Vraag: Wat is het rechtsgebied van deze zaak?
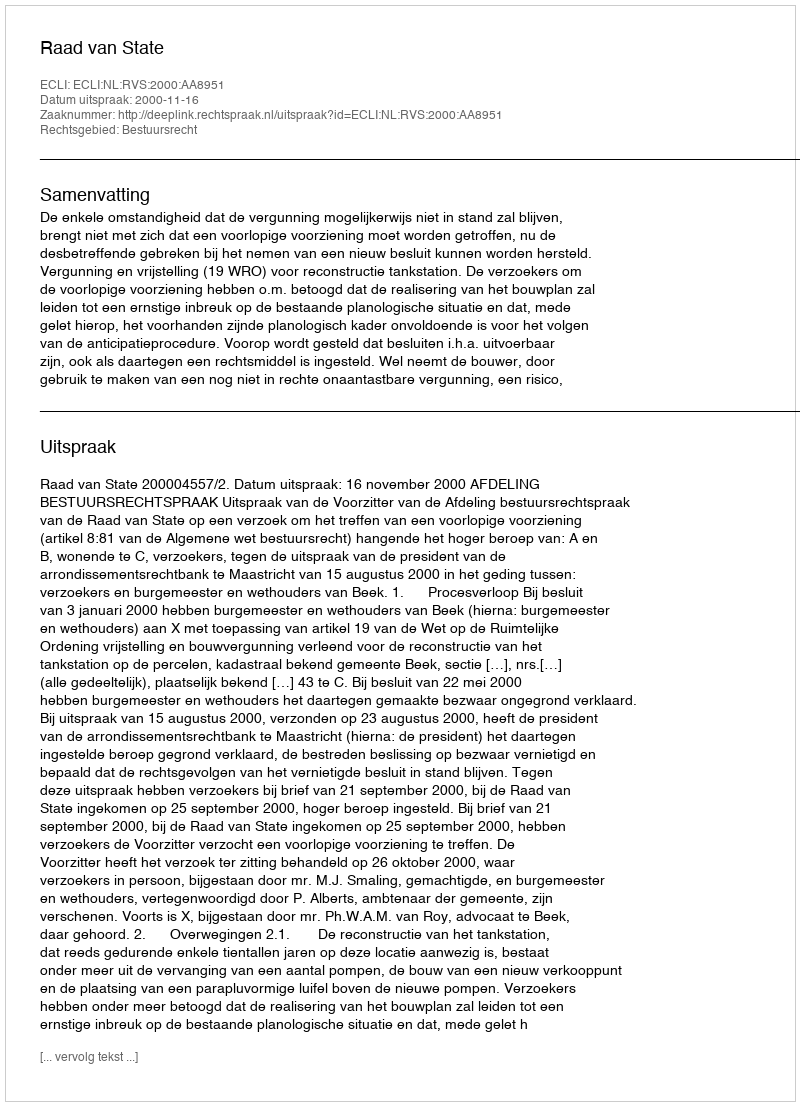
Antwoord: Bestuursrecht